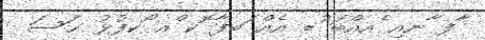
ާފ ާނއި ެއއްބަ ުޑ އެއް ަބފާ ޮކ ްއ ޯކފުޅު ޙަސަ